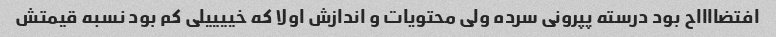
افتضااااح بود درسته پپرونی سرده ولی محتویات و اندازش اولا که خییییلی کم بود نسبه قیمتش